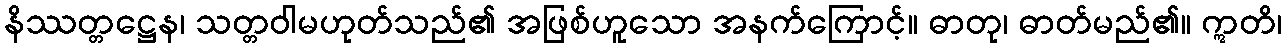
နိဿတ္တဋ္ဌေန၊ သတ္တဝါမဟုတ်သည်၏ အဖြစ်ဟူသော အနက်ကြောင့်။ ဓာတု၊ ဓာတ်မည်၏။ ဣတိ၊